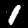
Digit: 1